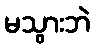
မသွားဘဲ